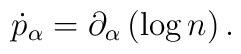
\dot{p}_\alpha = \partial_\alpha \left(\log n\right).